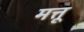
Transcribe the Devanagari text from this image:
मत्तू